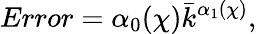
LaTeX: Error=\alpha_{0}(\chi)\bar{k}^{\alpha_{1}(\chi)},